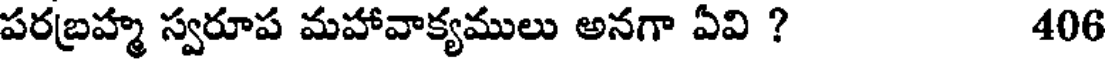
పరబ్రహ్మ స్వరూప మహావాక్యములు అనగా ఏవి ? 406